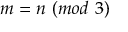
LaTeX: m = n \ ( m o d \ 3 )